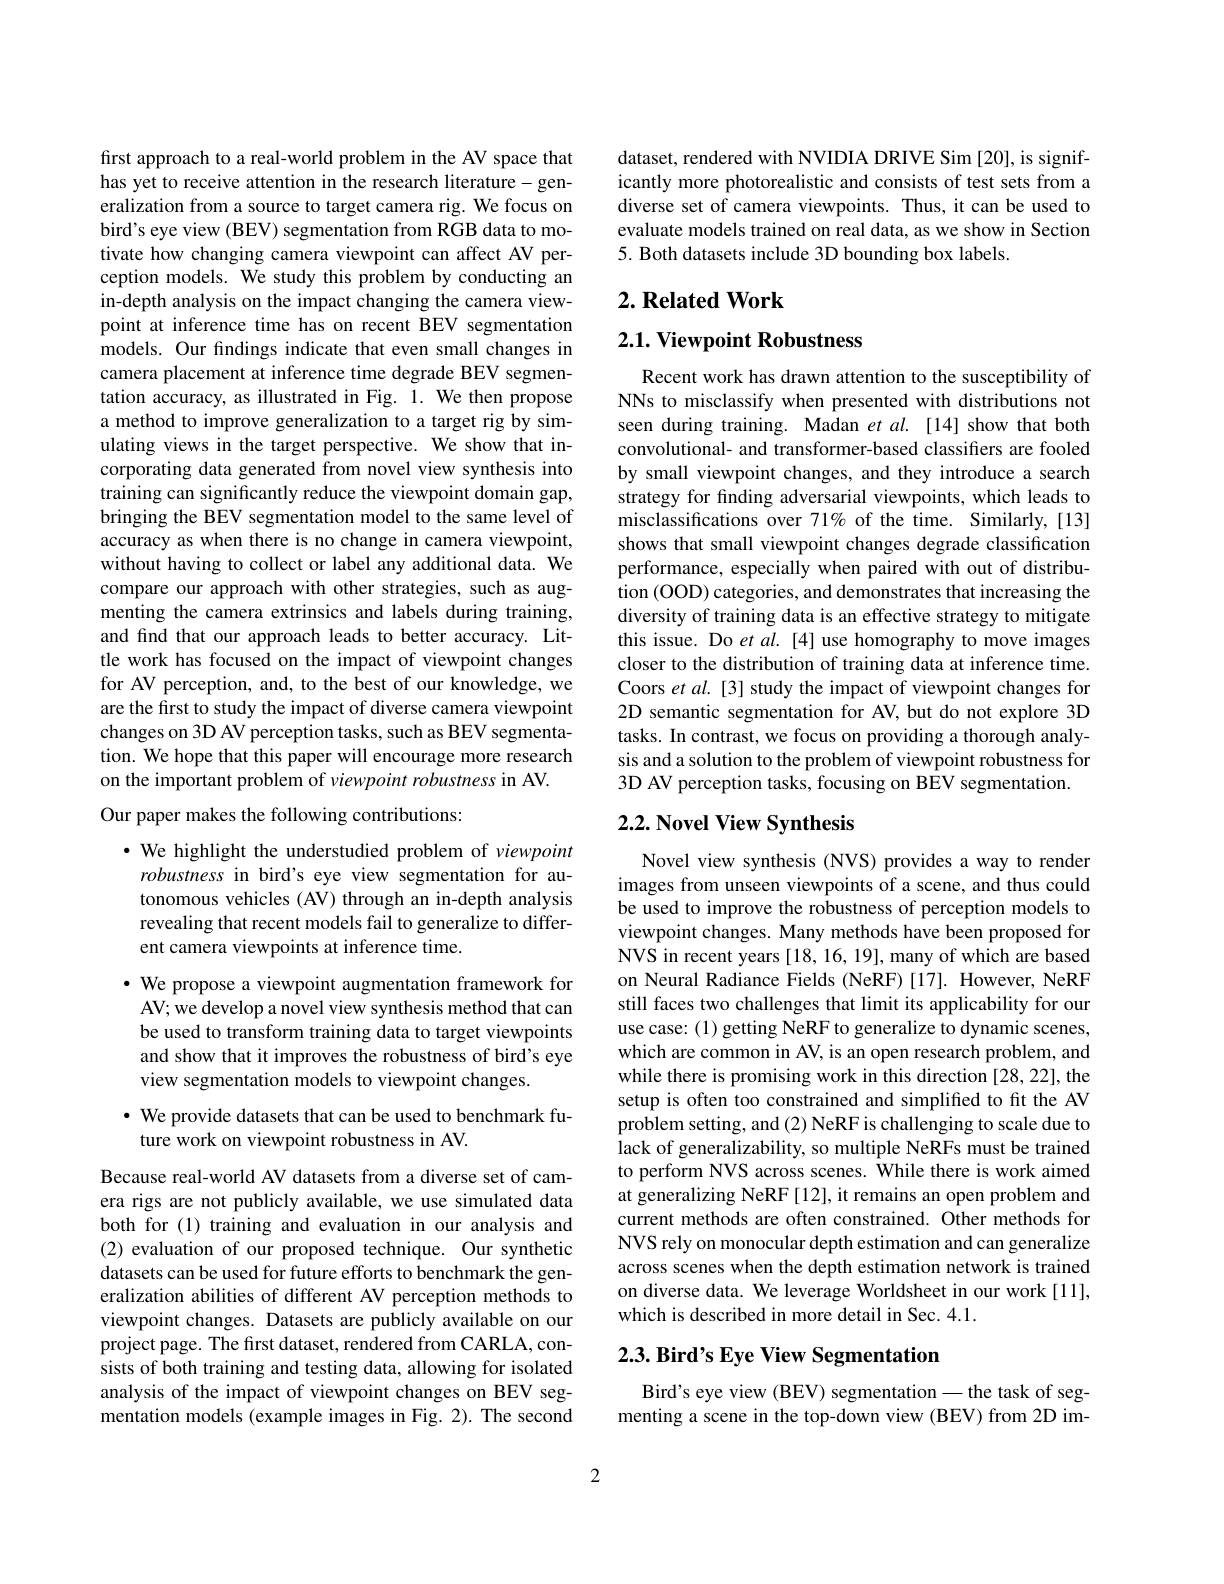
first approach to a real-world problem in the AV space that has yet to receive attention in the research literature-generalization from a source to target camera rig. We focus on bird's eye view (BEV) segmentation from RGB data to motivate how changing camera viewpoint can affect AV perception models. We study this problem by conducting an in-depth analysis on the impact changing the camera viewpoint at inference time has on recent BEV segmentation models. Our findings indicate that even small changes in camera placement at inference time degrade BEV segmentation accuracy, as illustrated in Fig. $\tilde{1}.$ We then propose a method to improve generalization to a target rig by simulating views in the target perspective. We show that incorporating data generated from novel view synthesis into $\hat{\text{training can significantly reduce the viewpoint domain gap,}}$ bringing the BEV segmentation model to the same level of accuracy as when there is no change in camera viewpoint, without having to collect or label any additional data. We compare our approach with other strategies, such as augmenting the camera extrinsics and labels during training, and find that our approach leads to better accuracy. Little work has focused on the impact of viewpoint changes for AV perception, and, to the best of our knowledge, we are the first to study the impact of diverse camera viewpoint changes on 3D AV perception tasks, such as BEV segmentation. We hope that this paper will encourage more research on the important problem of viewpoint robustness in AV.
Our paper makes the following contributions:

$\bullet$ We highlight the understudied problem of viewpoint
robustness in bird's eye view segmentation for autonomous vehicles (AV) through an in-depth analysis revealing that recent models fail to generalize to different camera viewpoints at inference time.

$\cdot$ We propose a viewpoint augmentation framework for AV; we develop a novel view synthesis method that can be used to transform training data to target viewpoints and show that it improves the robustness of bird's eye view segmentation models to viewpoint changes.

$\cdot$ We provide datasets that can be used to benchmark fu-
ture work on viewpoint robustness in AV.

Because real-world AV datasets from a diverse set of camera rigs are not publicly available, we use simulated data both for (1) training and evaluation in our analysis and (2) evaluation of our proposed technique. Our synthetic datasets can be used for future efforts to benchmark the generalization abilities of different AV perception methods to viewpoint changes. Datasets are publicly available on our project page. The first dataset, rendered from CARLA, consists of both training and testing data, allowing for isolated analysis of the impact of viewpoint changes on BEV segmentation models (example images in Fig. 2). The second

dataset, rendered with NVIDIA DRIVE Sim [20], is significantly more photorealistic and consists of test sets from a diverse set of camera viewpoints. Thus, it can be used to evaluate models trained on real data, as we show in Section 5. Both datasets include 3D bounding box labels.

## $2. \textbf{ Related Work}$

## $2. 1. \textbf{ Viewpoint Robustness}$

Recent work has drawn attention to the susceptibility of NNs to misclassify when presented with distributions not seen during training. Madan et al.[14] show that both convolutional- and transformer-based classiffers are fooled by small viewpoint changes, and they introduce a search strategy for finding adversarial viewpoints, which leads to misclassifications over 71% of the time. Similarly, [13] shows that small viewpoint changes degrade classification performance, especially when paired with out of distribution (OOD) categories, and demonstrates that increasing the diversity of training data is an effective strategy to mitigate this issue. Do et al.[4] use homography to move images closer to the distribution of training data at inference time. Coors et al. [3] study the impact of viewpoint changes for 2D semantic segmentation for AV, but do not explore 3D tasks. In contrast, we focus on providing a thorough analysis and a solution to the problem of viewpoint robustness for 3D AV perception tasks, focusing on BEV segmentation.

## $2. 2. \textbf{Novel View Synthesis}$

Novel view synthesis (NVS) provides a way to render images from unseen viewpoints of a scene, and thus could be used to improve the robustness of perception models to viewpoint changes. Many methods have been proposed for NVS in recent years [18, 16, 19], many of which are based on Neural Radiance Fields (NeRF)[17]. However, NeRF still faces two challenges that limit its applicability for our use case: (1) getting NeRF to generalize to dynamic scenes, which are common in AV, is an open research problem, and while there is promising work in this direction [28,22], the setup is often too constrained and simplified to fit the AV problem setting, and (2) NeRF is challenging to scale due to lack of generalizability, so multiple NeRFs must be trained to perform NVS across scenes. $\hat{\text{While there is work aimed}}$ at generalizing NeRF[12], it remains an open problem and current methods are often constrained. Other methods for NVS rely on monocular depth estimation and can generalize across scenes when the depth estimation network is trained on diverse data. We leverage Worldsheet in our work[11], which is described in more detail in Sec. 4.1.

## $2. 3. \textbf{ Bird' s Eye View Segmentation}$

Bird's eye view (BEV) segmentation -the task of segmenting a scene in the top-down view (BEV) from 2D im-

2